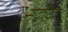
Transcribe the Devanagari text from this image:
स़दीद